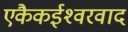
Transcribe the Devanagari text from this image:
एकैकईश्‍वरवाद